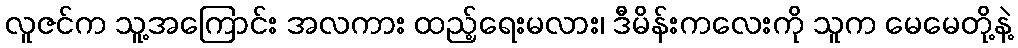
လူဇင်က သူ့အကြောင်း အလကား ထည့်ရေးမလား၊ ဒီမိန်းကလေးကို သူက မေမေတို့နဲ့